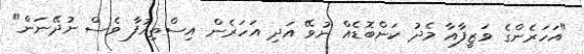
"އަހަރެންގެ ވަޒީފާއާ މެދު ކަންބޮޑެއް ނުވޭ އަދި އަހަރެން އިސްތިއުފާ ވެސް ނުދޭނަން"